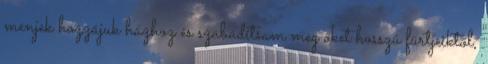
menjek hozzájuk házhoz és szabadítsam meg őket hosszú fürtjeiktől,